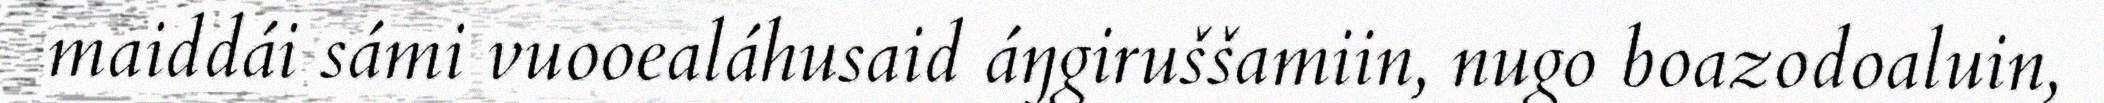
maiddái sámi vuooealáhusaid áŋgiruššamiin, nugo boazodoaluin,